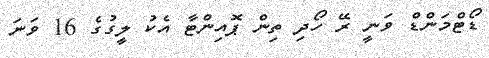
ޑޯޓްމަންޑް ވަނީ ރޭ ހޯދި ތިން ޕޮއިންޓާ އެކު ލީގުގެ 16 ވަނަ